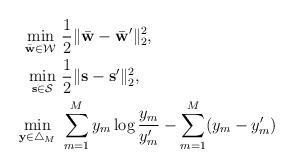
LaTeX: \begin{align*}\underset{\bar{{\bf w}} \in \mathcal{W}}\min ~ &\frac{1}{2}\| \bar{{\bf w}} - \bar{{\bf w}}' \|_2^2, \\\underset{{{\bf s}} \in \mathcal{S}}\min ~ &\frac{1}{2}\| {{\bf s}} - {{\bf s}}' \|_2^2, \\ \underset{{{\bf y}} \in \bigtriangleup_M}\min ~ &\sum\limits_{m=1}^{M} { y}_m \log\frac{{ y}_m}{{y}'_m} - \sum\limits_{m=1}^{M}({y}_m - {y}'_m)\end{align*}